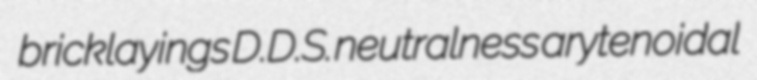
bricklayings D.D.S. neutralness arytenoidal